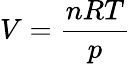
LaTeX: V={\frac{nRT}{p}}